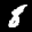
Label: 8